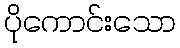
ပိုကောင်းသော